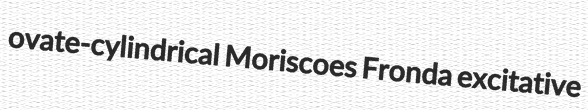
ovate-cylindrical Moriscoes Fronda excitative